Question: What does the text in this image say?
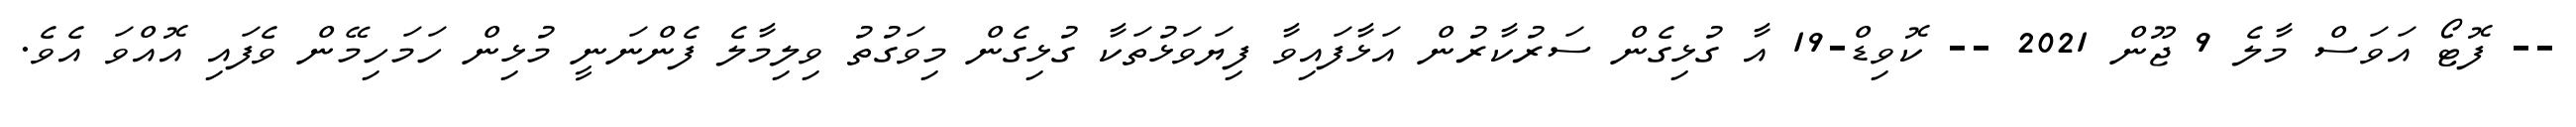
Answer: -- ފޮޓޯ އަވަސް މާލެ 9 ޖޫން 2021 -- ކޮވިޑް-19 އާ ގުޅިގެން ސަރުކާރުން އަޅާފައިވާ ފިޔަވަޅުތަކާ ގުޅިގެން މިވަގުތު ވިލިމާލެ ފެންނަނީ މުޅިން ހަމަހިމޭން ވެފައި އޮއްވަ އެވެ.